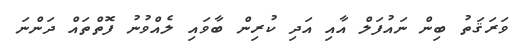
ވަރަޤަތު ބިން ނައުފަލް އާއި އަދި ކުރިން ބާވައި ލެއްވުނު ފޮތްތައް ދަންނަ